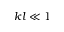
k l \ll 1